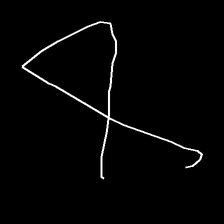
Glyph: collection